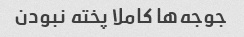
جوجه‌ها کاملا پخته نبودن